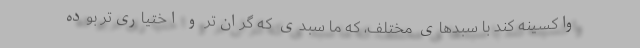
واکسینه کند با سبدهای مختلف، که ما سبدی که گران‌تر و اختیاری‌تر بوده